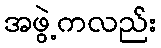
အဖွဲ့ကလည်း